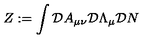
Z : = \int { \cal D } A _ { \mu \nu } { \cal D } \Lambda _ { \mu } { \cal D } N